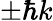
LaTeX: \pm\hbar k